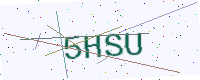
Text: 5HSU